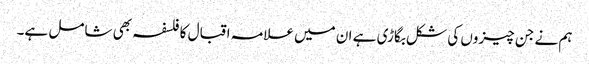
ہم نے جن چیزوں کی شکل بگاڑی ہے ان میں علامہ اقبال کا فلسفہ بھی شامل ہے۔